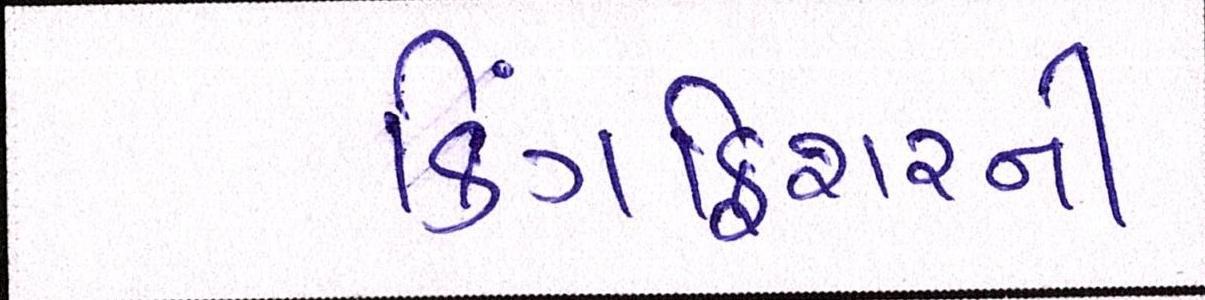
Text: કિંગફિશરની